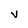
Character: v